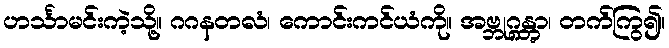
ဟင်္သာမင်းကဲ့သို့။ ဂဂနတလံ၊ ကောင်းကင်ယံကို။ အဗ္ဘုဂ္ဂန္တွာ၊ တက်ကြွ၍။